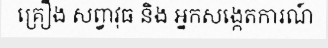
គ្រឿង សព្វាវុធ និង អ្នកសង្កេតការណ៍